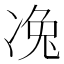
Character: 𠗟